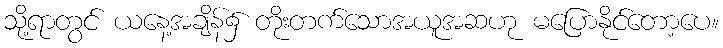
သို့ရာတွင် ယနေ့အချိန်၌ တိုးတက်သောအယူအဆဟု မပြောနိုင်တော့ပေ။